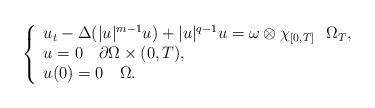
LaTeX: \begin{align*}\left\{ \begin{array}{l}{u_{t}}-{\Delta }(|u|^{m-1}u)+|u|^{q-1}u=\omega \otimes \chi _{\lbrack0,T]}~~\Omega _{T}, \\ {u}=0~~~\partial \Omega \times (0,T), \\ u(0)=0~~~\Omega .\end{array}\right. \end{align*}